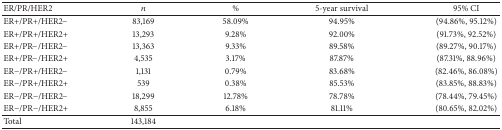
| ER/PR/HER2 | n | % | 5-year survival | 95% CI |
 | --- | --- | --- | --- | --- |
 | ER+/PR+/HER2− | 83,169 | 58.09% | 94.95% | (94.86%, 95.12%) |
 | ER+/PR+/HER2+ | 13,293 | 9.28% | 92.00% | (91.73%, 92.52%) |
 | ER+/PR−/HER2− | 13,363 | 9.33% | 89.58% | (89.27%, 90.17%) |
 | ER+/PR−/HER2+ | 4,535 | 3.17% | 87.87% | (87.31%, 88.96%) |
 | ER−/PR+/HER2− | 1,131 | 0.79% | 83.68% | (82.46%, 86.08%) |
 | ER−/PR+/HER2+ | 539 | 0.38% | 85.53% | (83.85%, 88.83%) |
 | ER−/PR−/HER2− | 18,299 | 12.78% | 78.78% | (78.44%, 79.45%) |
 | ER−/PR−/HER2+ | 8,855 | 6.18% | 81.11% | (80.65%, 82.02%) |
 | Total | 143,184 |  |  |  |